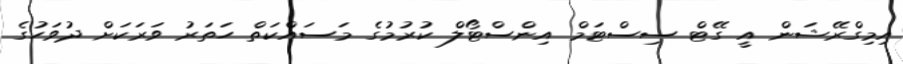
އިމިގްރޭޝަން އީ ގޭޓް ސިސްޓަމް އިންސްޓޯލް ކުރުމުގެ މަސައްކަތް ހަތަރު ވަރަކަށް ދުވަހުގެ